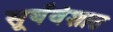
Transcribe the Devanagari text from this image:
सूर्यवंशात